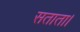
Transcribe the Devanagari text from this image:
सताता।